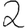
Digit: 2